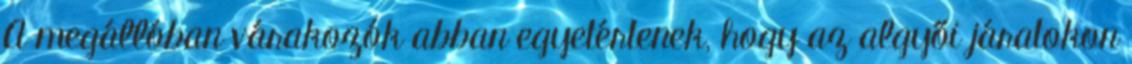
A megállóban várakozók abban egyetértenek, hogy az algyői járatokon